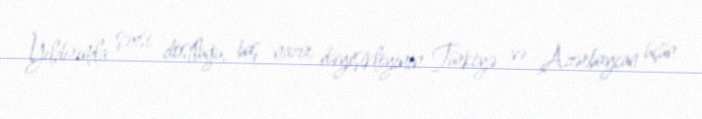
Yıldırımla şəxsi dostluğu, baş nazir dəyişikliyinin Türkiyə və Azərbaycan üçün